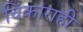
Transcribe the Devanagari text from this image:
चिंकाराही